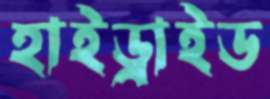
হাইড্রাইড